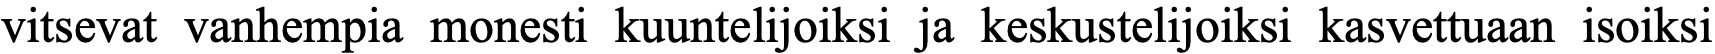
vitsevat vanhempia monesti kuuntelijoiksi ja keskustelijoiksi kasvettuaan isoiksi